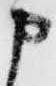
申